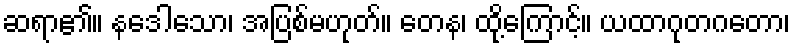
ဆရာ၏။ နဒေါသော၊ အပြစ်မဟုတ်။ တေန၊ ထို့ကြောင့်။ ယထာဂုတဂတော၊